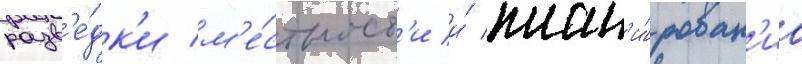
разв'е́дк'и м'е́стност'и и́ план'и́рован'иа